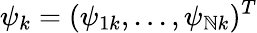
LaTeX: \psi_{k}=(\psi_{1k},...,\psi_{\mathbb{N}k})^{T}